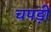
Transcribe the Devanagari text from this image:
चपड़ी